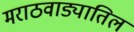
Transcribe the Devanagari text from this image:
मराठवाड्यातिल